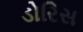
ડોરિસ